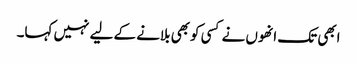
ابھی تک انھوں نے کسی کوبھی بلانے کے لیے نہیں کہا۔